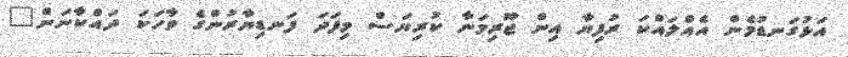
އަޅުގަނޑުމެން އެއްލައްކަ ރުފިޔާ އިން ޖޫރިމަނާ ކުރިޔަސް މިފަދަ ފަނޑިޔާރުންގެ ވާހަކަ ދައްކާނަން"